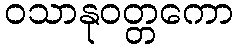
ဝသာနုဝတ္တကော